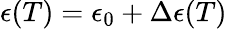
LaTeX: \epsilon(T)=\epsilon_{0}+\Delta\epsilon(T)